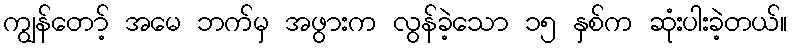
ကျွန်တော့် အမေ ဘက်မှ အဖွားက လွန်ခဲ့သော ၁၅ နှစ်က ဆုံးပါးခဲ့တယ်။